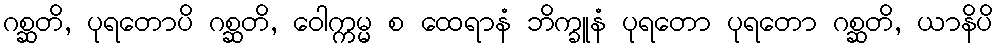
ဂစ္ဆတိ, ပုရတောပိ ဂစ္ဆတိ, ဝေါက္ကမ္မ စ ထေရာနံ ဘိက္ခူနံ ပုရတော ပုရတော ဂစ္ဆတိ, ယာနိပိ